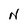
Character: N